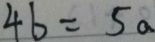
4 b = 5 a